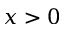
x > 0